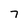
Character: 7